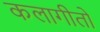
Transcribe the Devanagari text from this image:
कलागीतों